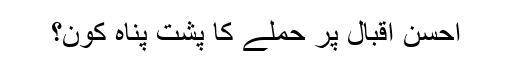
احسن اقبال پر حملے کا پشت پناہ کون؟